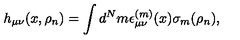
h _ { \mu \nu } ( x , \rho _ { n } ) = \int d ^ { N } m \epsilon _ { \mu \nu } ^ { ( m ) } ( x ) \sigma _ { m } ( \rho _ { n } ) ,